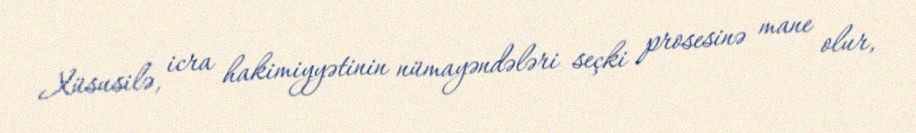
Xüsusilə, icra hakimiyyətinin nümayəndələri seçki prosesinə mane olur,